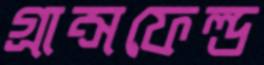
গ্রান্সফেল্ড